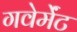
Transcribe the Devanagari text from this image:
गवेर्मेंट